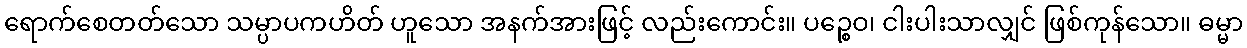
ရောက်စေတတ်သော သမ္ပာပကဟိတ် ဟူသော အနက်အားဖြင့် လည်းကောင်း။ ပဉ္စေဝ၊ ငါးပါးသာလျှင် ဖြစ်ကုန်သော။ ဓမ္မာ